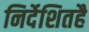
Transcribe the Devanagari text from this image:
निर्देशितहै